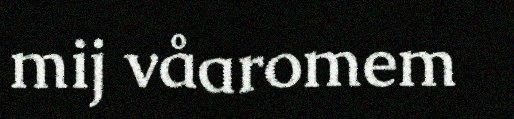
mij våaromem